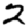
Digit: 2